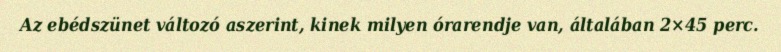
Az ebédszünet változó aszerint, kinek milyen órarendje van, általában 2×45 perc.